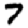
Digit: 7